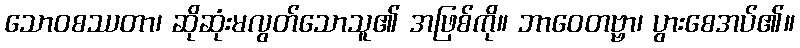
သောဝစဿတာ၊ ဆိုဆုံးမလွတ်သောသူ၏ အဖြစ်ကို။ ဘာဝေတဗ္ဗာ၊ ပွားစေအပ်၏။